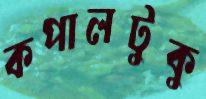
কপালটুকু